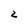
Character: 2